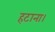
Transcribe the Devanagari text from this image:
हटाना।